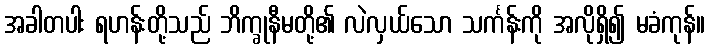
အခါတပါး ရဟန်းတို့သည် ဘိက္ခုနီမတို့၏ လဲလှယ်သော သင်္ကန်းကို အလိုရှိ၍ မခံကုန်။